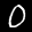
Label: 0